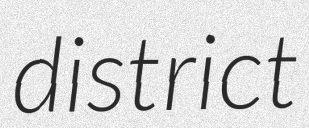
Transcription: district